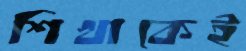
শিখাকেই